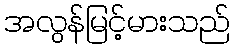
အလွန်မြင့်မားသည်